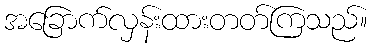
အခြောက်လှန်းထားတတ်ကြသည်။